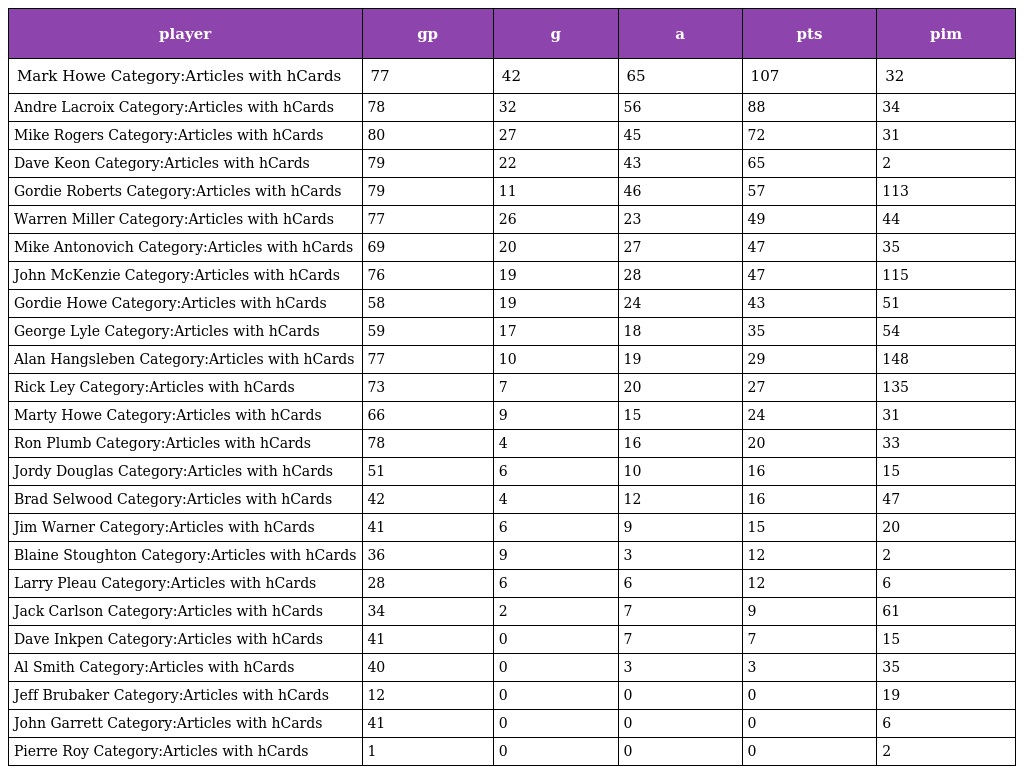
| player | gp | g | a | pts | pim |
 | --- | --- | --- | --- | --- | --- |
 | Mark Howe Category:Articles with hCards | 77 | 42 | 65 | 107 | 32 |
 | Andre Lacroix Category:Articles with hCards | 78 | 32 | 56 | 88 | 34 |
 | Mike Rogers Category:Articles with hCards | 80 | 27 | 45 | 72 | 31 |
 | Dave Keon Category:Articles with hCards | 79 | 22 | 43 | 65 | 2 |
 | Gordie Roberts Category:Articles with hCards | 79 | 11 | 46 | 57 | 113 |
 | Warren Miller Category:Articles with hCards | 77 | 26 | 23 | 49 | 44 |
 | Mike Antonovich Category:Articles with hCards | 69 | 20 | 27 | 47 | 35 |
 | John McKenzie Category:Articles with hCards | 76 | 19 | 28 | 47 | 115 |
 | Gordie Howe Category:Articles with hCards | 58 | 19 | 24 | 43 | 51 |
 | George Lyle Category:Articles with hCards | 59 | 17 | 18 | 35 | 54 |
 | Alan Hangsleben Category:Articles with hCards | 77 | 10 | 19 | 29 | 148 |
 | Rick Ley Category:Articles with hCards | 73 | 7 | 20 | 27 | 135 |
 | Marty Howe Category:Articles with hCards | 66 | 9 | 15 | 24 | 31 |
 | Ron Plumb Category:Articles with hCards | 78 | 4 | 16 | 20 | 33 |
 | Jordy Douglas Category:Articles with hCards | 51 | 6 | 10 | 16 | 15 |
 | Brad Selwood Category:Articles with hCards | 42 | 4 | 12 | 16 | 47 |
 | Jim Warner Category:Articles with hCards | 41 | 6 | 9 | 15 | 20 |
 | Blaine Stoughton Category:Articles with hCards | 36 | 9 | 3 | 12 | 2 |
 | Larry Pleau Category:Articles with hCards | 28 | 6 | 6 | 12 | 6 |
 | Jack Carlson Category:Articles with hCards | 34 | 2 | 7 | 9 | 61 |
 | Dave Inkpen Category:Articles with hCards | 41 | 0 | 7 | 7 | 15 |
 | Al Smith Category:Articles with hCards | 40 | 0 | 3 | 3 | 35 |
 | Jeff Brubaker Category:Articles with hCards | 12 | 0 | 0 | 0 | 19 |
 | John Garrett Category:Articles with hCards | 41 | 0 | 0 | 0 | 6 |
 | Pierre Roy Category:Articles with hCards | 1 | 0 | 0 | 0 | 2 |